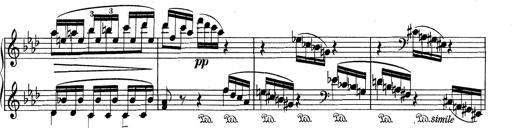
Title: Variationen Ã¼ber das Motiv von Bach
Composer: Franz Liszt